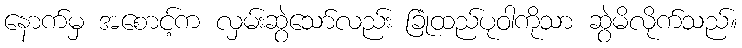
နောက်မှ အစောင့်က လှမ်းဆွဲသော်လည်း ခြုံထည်ပုဝါကိုသာ ဆွဲမိလိုက်သည်။